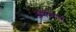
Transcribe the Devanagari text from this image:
अगम्यता